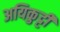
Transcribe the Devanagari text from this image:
अयिकुट्टी